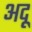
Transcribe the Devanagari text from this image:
अदू